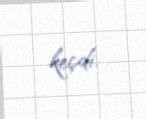
keçdi.